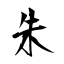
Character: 朱